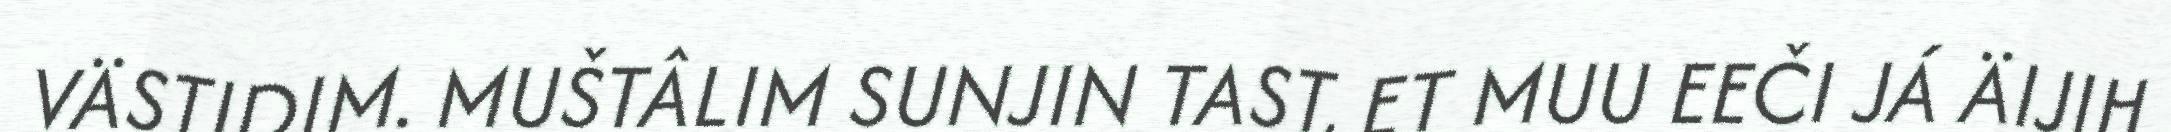
VÄSTIDIM. MUŠTÂLIM SUNJIN TAST, ET MUU EEČI JÁ ÄIJIH